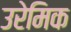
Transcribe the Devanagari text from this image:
उरेमिक